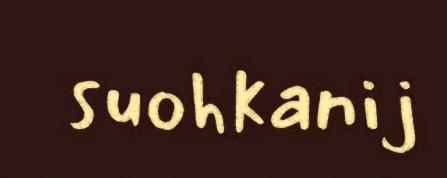
suohkanij